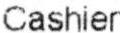
CASHIER